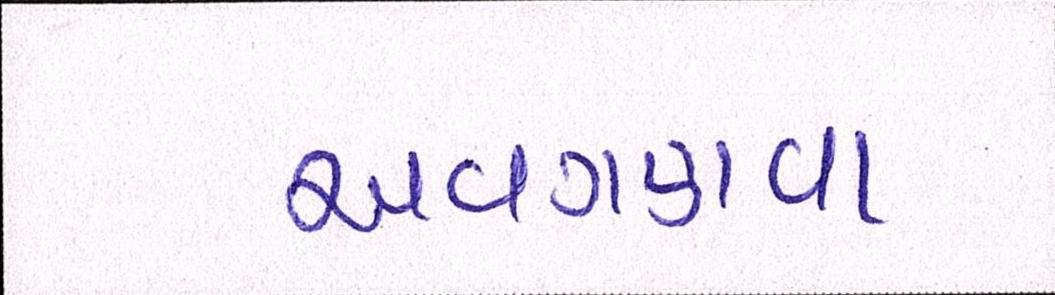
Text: અવગણવા